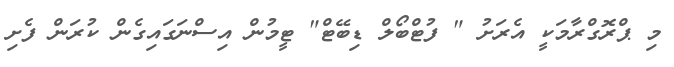
މި ޕްރޮގްރާމަކީ އެރަށު " ފުޓްބޯލް ޑިބޭޓް" ޓީމުން އިސްނަގައިގެން ކުރަން ފެށި